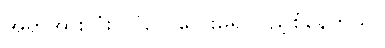
အရာအားလုံး လိုလေသေးမရှိ ပြည့်စုံနေတယ်။